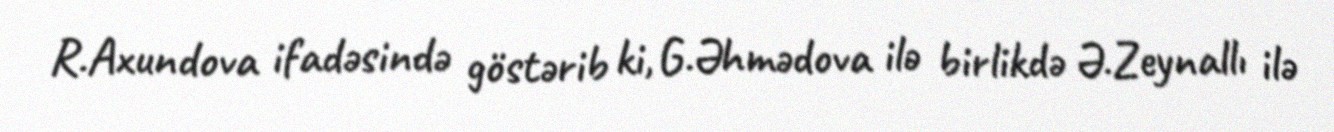
R.Axundova ifadəsində göstərib ki, G.Əhmədova ilə birlikdə Ə.Zeynallı ilə